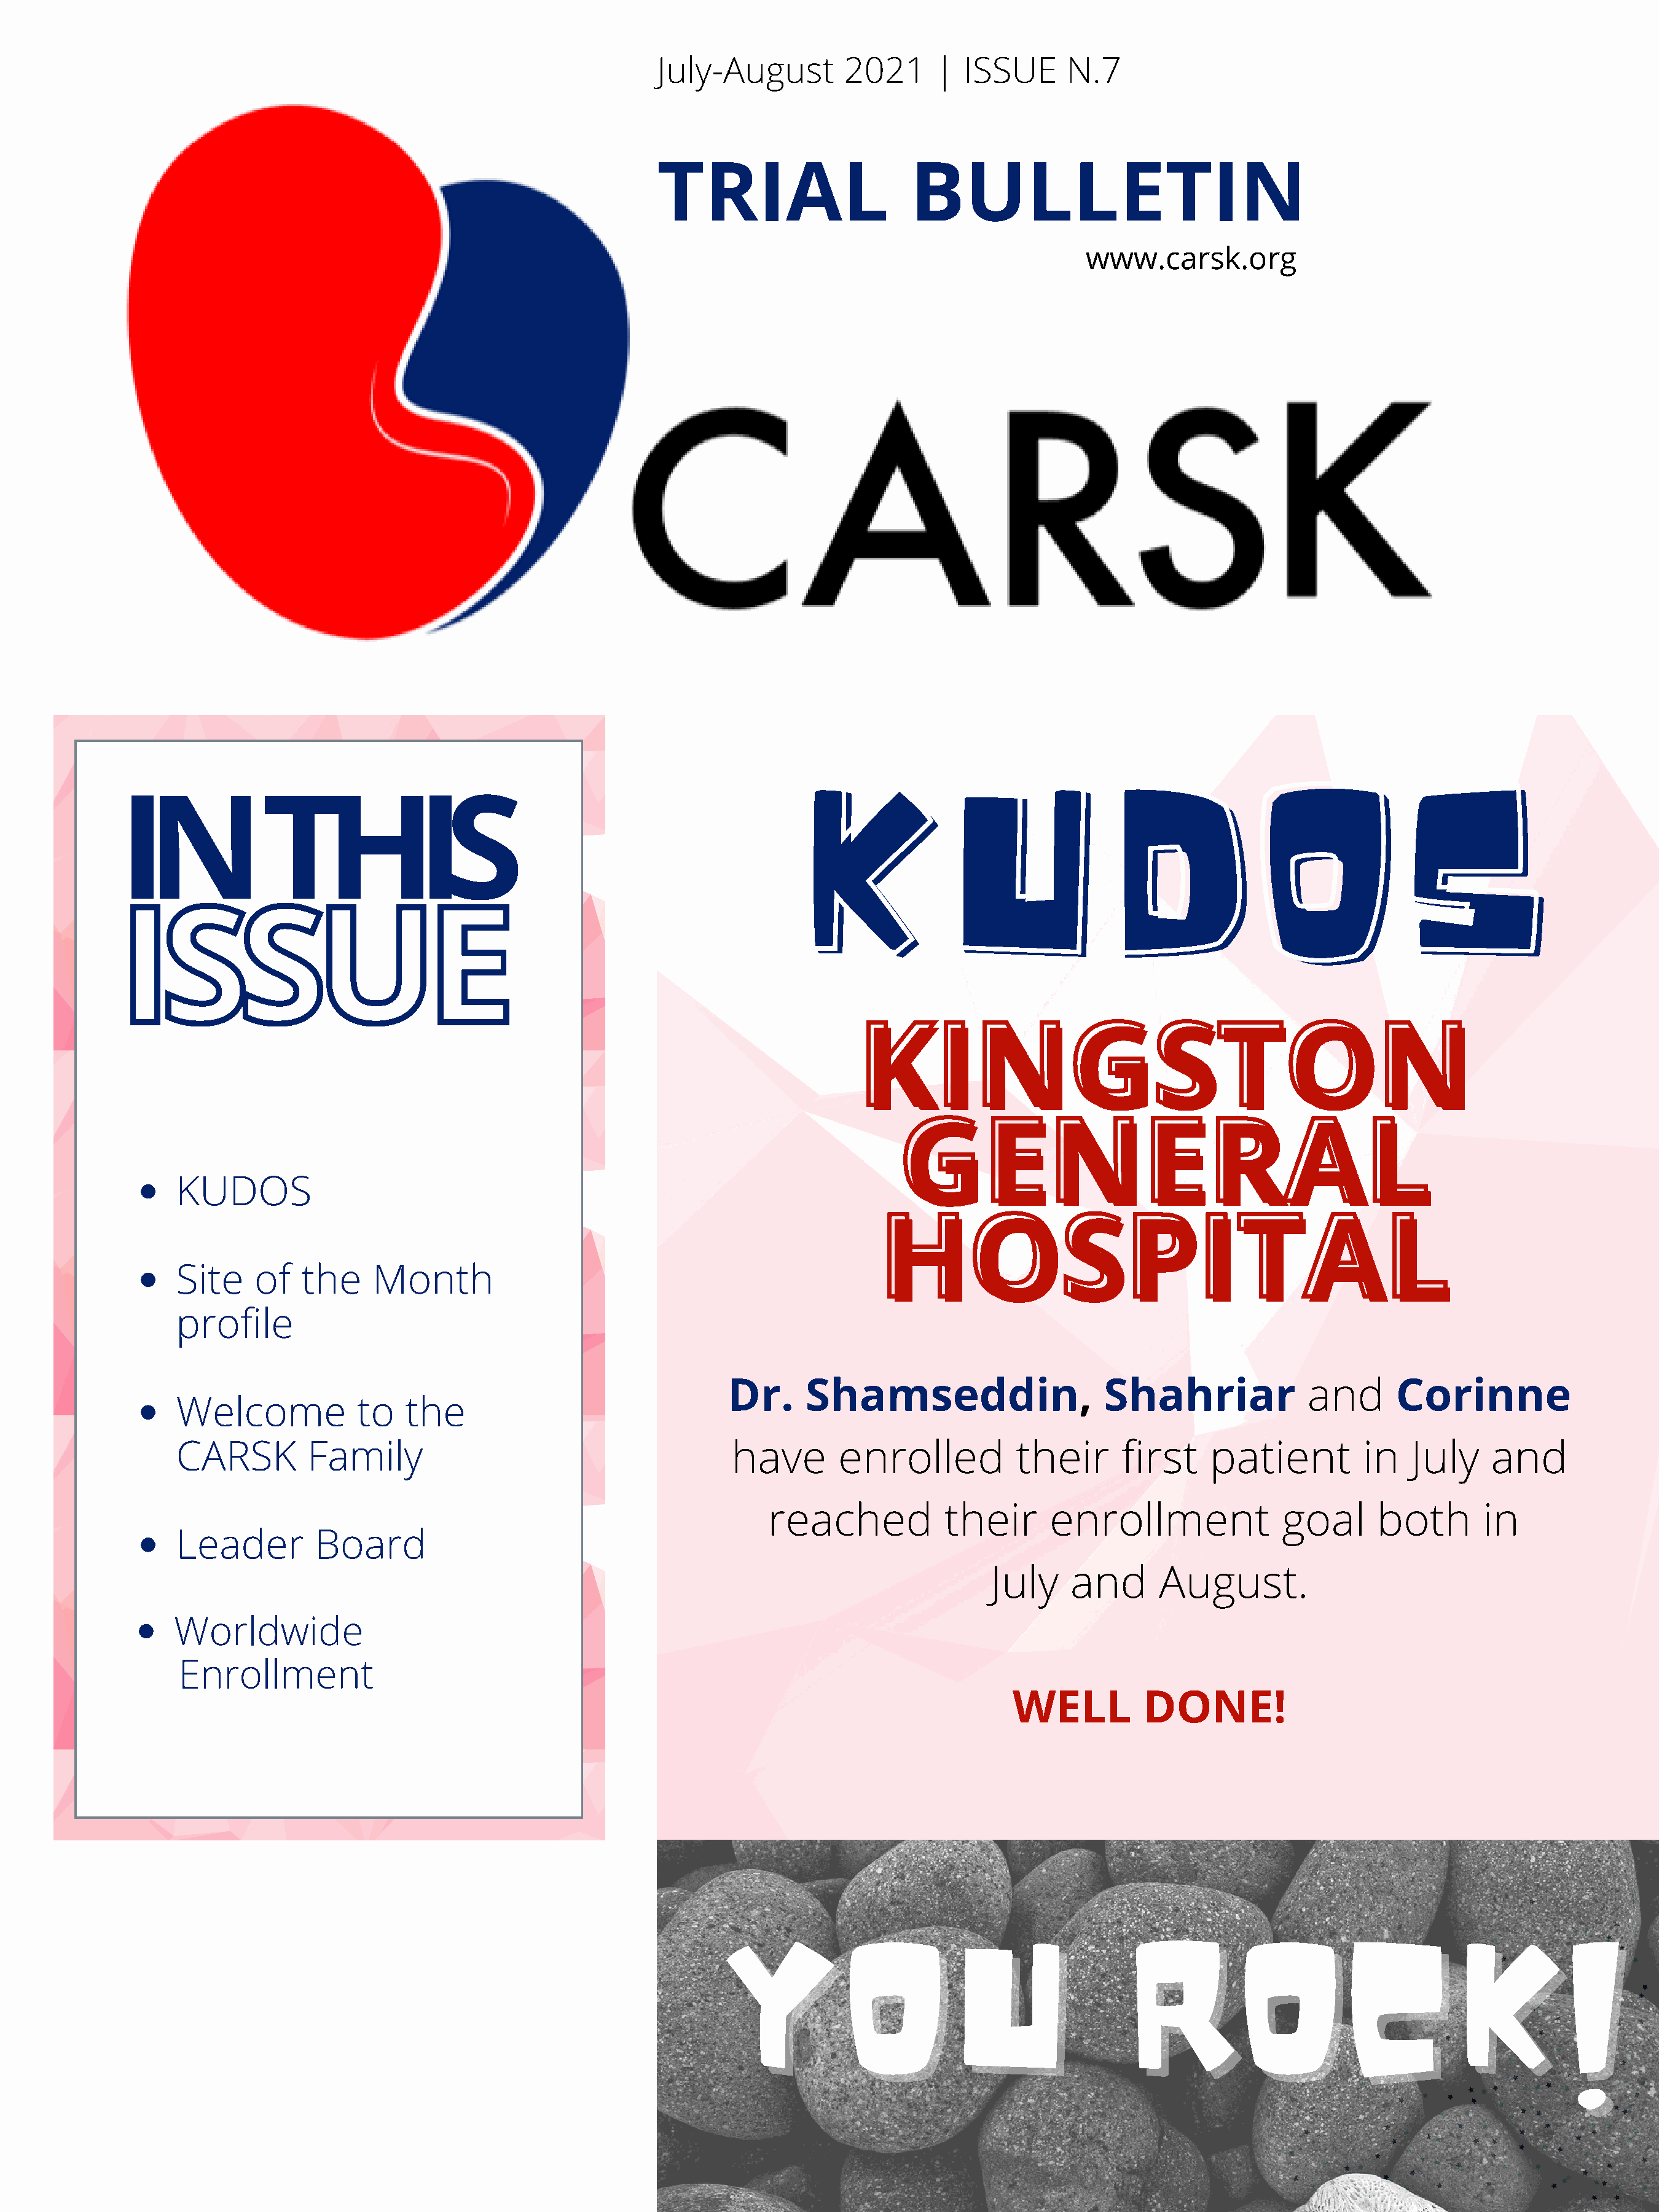
July-August         2021      |  ISSUE      N.7
 TRIAL                      BULLETIN
 www.carsk.org
 KUDOS
 KUDOS
 IN             THIS
 ISSUE
 KINGSTON
 KINGSTON
 GENERAL
 GENERAL
 KUDOS
 HOSPITAL
 HOSPITAL
 Site    of   the     Month
 profile
 Dr.      Shamseddin,                     Shahriar              and      Corinne
 Welcome            to    the
 CARSK         Family                                        have       enrolled           their       first    patient          in   July     and
 reached            their      enrollment               goal      both        in
 Leader         Board
 July    and       August.
 Worldwide
 Enrollment
 WELL          DONE!
 YOU                                        ROCK!
 YOU                                         ROCK!